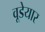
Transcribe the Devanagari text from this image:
वूडेयार